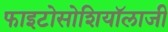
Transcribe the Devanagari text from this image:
फाइटोसोशियॉलाजी